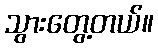
သွားတွေ့တယ်။